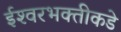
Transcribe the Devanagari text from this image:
ईश्‍वरभक्तीकडे